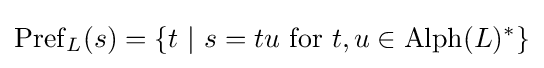
\operatorname {Pref} _{L}(s)=\{t\ \vert \ s=tu{\mbox{ for }}t,u\in \operatorname {Alph} (L)^{*}\}